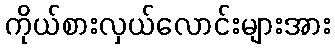
ကိုယ်စားလှယ်လောင်းများအား